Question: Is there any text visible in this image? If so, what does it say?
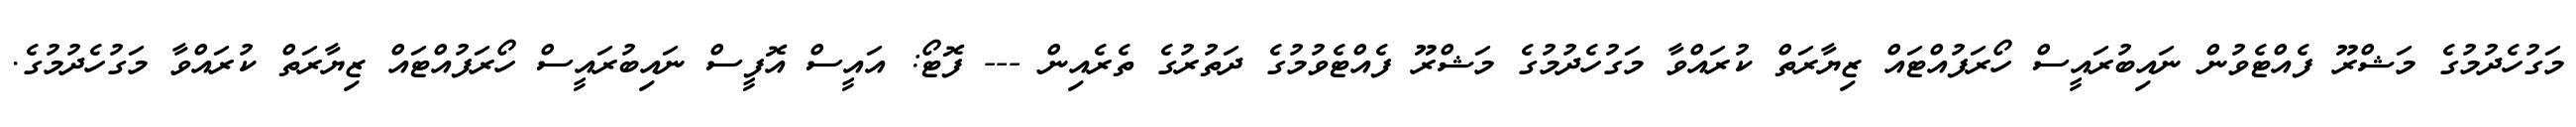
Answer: މަގުހެދުމުގެ މަޝްރޫ ފެއްޓެވުން ނައިބުރައީސް ހޯރަފުއްޓައް ޒިޔާރަތް ކުރައްވާ މަގުހެދުމުގެ މަޝްރޫ ފެއްޓެވުމުގެ ދަތުރުގެ ތެރެއިން --- ފޮޓޯ: އައީސް އޮފީސް ނައިބުރައީސް ހޯރަފުއްޓައް ޒިޔާރަތް ކުރައްވާ މަގުހެދުމުގެ.